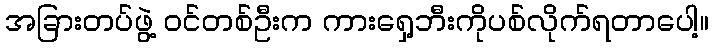
အခြားတပ်ဖွဲ့ ဝင်တစ်ဦးက ကားရှေ့ဘီးကိုပစ်လိုက်ရတာပေါ့။